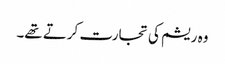
وہ ریشم کی تجارت کرتے تھے۔